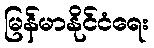
မြန်မာနိုင်ငံရေး